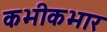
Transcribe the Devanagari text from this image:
कभीकभार